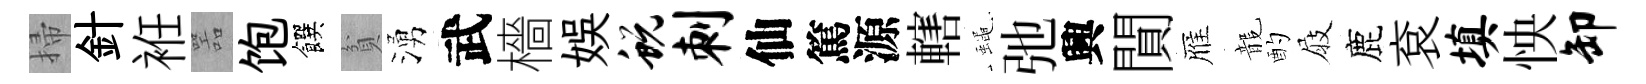
掃針袵噐饱饌貧湧武檣娱蜕刺仙篤源轄蠅弛興閴雁龍酌屐鹿袞填怏卸